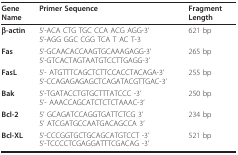
<table><thead><tr><td><b>Gene Name</b></td><td><b>Primer Sequence</b></td><td><b>Fragment Length</b></td></tr></thead><tbody><tr><td><b>β-actin</b></td><td>5&#x27;-ACA CTG TGC CCA ACG AGG-3&#x27;5&#x27;-AGG GGC CGG TCA T AC T-3</td><td>621 bp</td></tr><tr><td><b>Fas</b></td><td>5&#x27;-GCAACACCAAGTGCAAAGAGG-3&#x27;5&#x27;-GTCACTAGTAATGTCCTTGAGG-3&#x27;</td><td>265 bp</td></tr><tr><td><b>FasL</b></td><td>5&#x27;- ATGTTTCAGCTCTTCCACCTACAGA-3&#x27;5&#x27;-CCAGAGAGAGCTCAGATACGTTGAC-3&#x27;</td><td>255 bp</td></tr><tr><td><b>Bak</b></td><td>5&#x27;-TGATACCTGTGCTTTATCCC -3&#x27;5&#x27;- AAACCAGCATCTCTCTAAAC-3&#x27;</td><td>250 bp</td></tr><tr><td><b>Bcl-2</b></td><td>5&#x27; GCAGATCCAGGTGATTCTCG 3&#x27;5&#x27; ATCGATGCCAATGACAGCCA 3&#x27;</td><td>234 bp</td></tr><tr><td><b>Bcl-XL</b></td><td>5&#x27;-CCCGGTGCTGCAGCATGTCCT -3&#x27;5&#x27;-TCCCCTCGAGGATTTCGACAG -3&#x27;</td><td>521 bp</td></tr></tbody></table>